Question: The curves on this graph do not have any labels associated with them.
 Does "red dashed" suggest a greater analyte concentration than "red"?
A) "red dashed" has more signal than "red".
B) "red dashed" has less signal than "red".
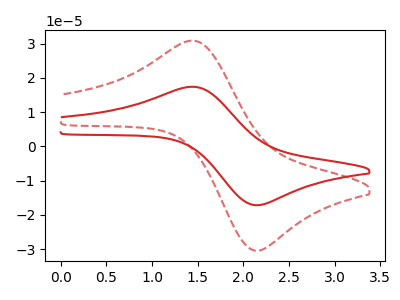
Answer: <think>The red curve "red" has an anodic peak at (1.45V, 17.40uA) and a cathodic peak at (2.15V, -17.15uA). The red dashed curve "red dashed" has an anodic peak at (1.45V, 30.85uA) and a cathodic peak at (2.15V, -30.45uA).
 All the peaks in "red dashed" have a peak in "red" at the same potential. Every peak in "red dashed" is higher than every peak in "red".</think>
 <answer>A) "red dashed" has more signal than "red".</answer>
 <eval>A</eval>